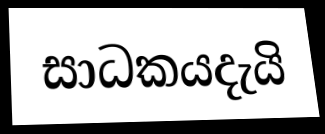
සාධකයදැයි